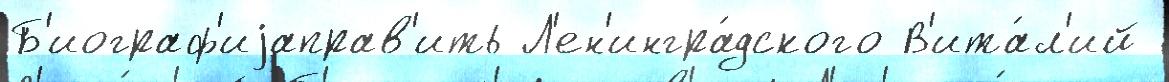
Б'иограф'иjаправ'ить Л'ен'ингра́дского В'ита́л'ий